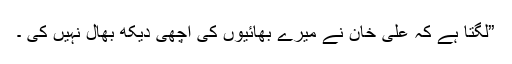
”لگتا ہے کہ علی خان نے میرے بھائیوں کی اچھی دیکھ بھال نہیں کی ۔